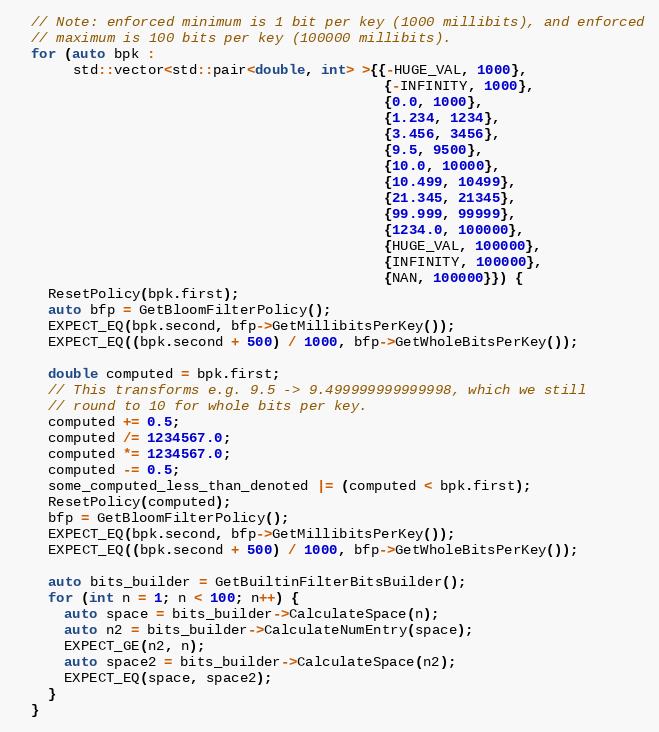
Language: C++
  // Note: enforced minimum is 1 bit per key (1000 millibits), and enforced
  // maximum is 100 bits per key (100000 millibits).
  for (auto bpk :
       std::vector<std::pair<double, int> >{{-HUGE_VAL, 1000},
                                            {-INFINITY, 1000},
                                            {0.0, 1000},
                                            {1.234, 1234},
                                            {3.456, 3456},
                                            {9.5, 9500},
                                            {10.0, 10000},
                                            {10.499, 10499},
                                            {21.345, 21345},
                                            {99.999, 99999},
                                            {1234.0, 100000},
                                            {HUGE_VAL, 100000},
                                            {INFINITY, 100000},
                                            {NAN, 100000}}) {
    ResetPolicy(bpk.first);
    auto bfp = GetBloomFilterPolicy();
    EXPECT_EQ(bpk.second, bfp->GetMillibitsPerKey());
    EXPECT_EQ((bpk.second + 500) / 1000, bfp->GetWholeBitsPerKey());

    double computed = bpk.first;
    // This transforms e.g. 9.5 -> 9.499999999999998, which we still
    // round to 10 for whole bits per key.
    computed += 0.5;
    computed /= 1234567.0;
    computed *= 1234567.0;
    computed -= 0.5;
    some_computed_less_than_denoted |= (computed < bpk.first);
    ResetPolicy(computed);
    bfp = GetBloomFilterPolicy();
    EXPECT_EQ(bpk.second, bfp->GetMillibitsPerKey());
    EXPECT_EQ((bpk.second + 500) / 1000, bfp->GetWholeBitsPerKey());

    auto bits_builder = GetBuiltinFilterBitsBuilder();
    for (int n = 1; n < 100; n++) {
      auto space = bits_builder->CalculateSpace(n);
      auto n2 = bits_builder->CalculateNumEntry(space);
      EXPECT_GE(n2, n);
      auto space2 = bits_builder->CalculateSpace(n2);
      EXPECT_EQ(space, space2);
    }
  }